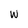
Character: w